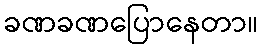
ခဏခဏပြောနေတာ။